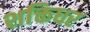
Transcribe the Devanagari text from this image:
शक्तिधर